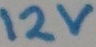
Text: 12V